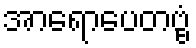
အာရောပေတဗ္ဗံ